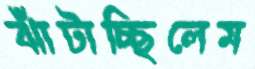
ঝাঁটাচ্ছিলেম